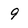
Character: 9